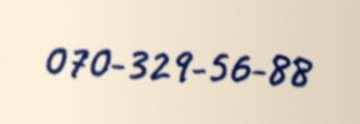
070-329-56-88